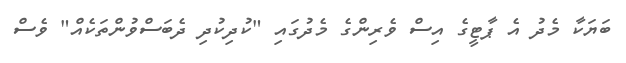
ބަޔަކާ މެދު އެ ޕާޓީގެ އިސް ވެރިންގެ މެދުގައި "ކުދިކުދި ދެބަސްވުންތަކެއް" ވެސް